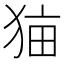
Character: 𰡑